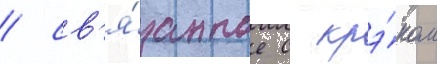
/ св'я́занное с крэ́ком